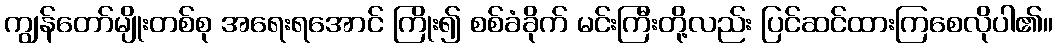
ကျွန်တော်မျိုးတစ်စု အရေးရအောင် ကြိုး၍ စစ်ခံခိုက် မင်းကြီးတို့လည်း ပြင်ဆင်ထားကြစေလိုပါ၏။